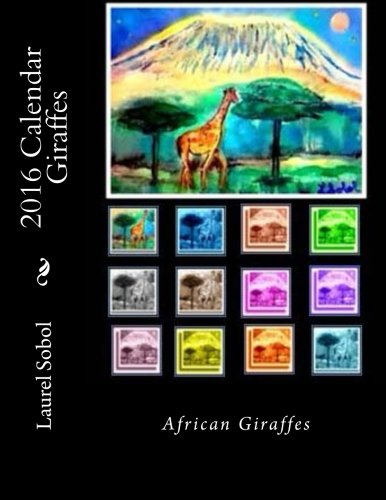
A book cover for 2016 Calendar Giraffes (Individual  Home  Garden  Business); Laurel Marie Sobol; Calendars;